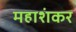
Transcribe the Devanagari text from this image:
महाशंकर